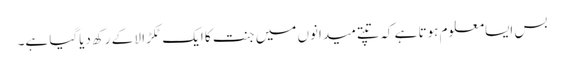
بس ایسامعلوم ہوتا ہے کہ تپتے میدانوں میں جنت کا ایک ٹکڑا لا کے رکھ دیاگیا ہے۔